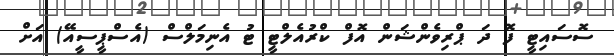
ސޮސައިޓީ ފޮ ދަ ޕްރިވެންޝަން އޮފް ކްރުއެލްޓީ ޓު އެނިމަލްސް (އެސްޕީސީއޭ) އަށް